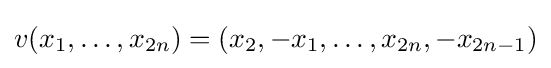
v(x_{1},\dots ,x_{2n})=(x_{2},-x_{1},\dots ,x_{2n},-x_{2n-1})